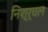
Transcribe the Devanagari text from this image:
निश्र्चल